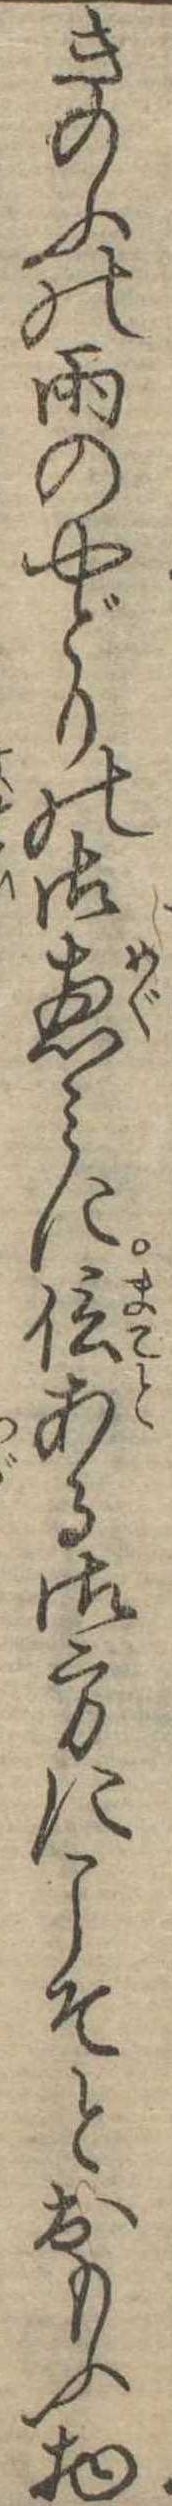
きのふの雨のやどりの御恵みに信ある御方にこそとおもふ物